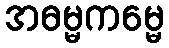
အဓမ္မကမ္မေ